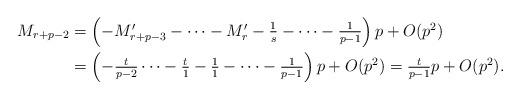
LaTeX: \begin{align*}\textstyle M_{r+p-2} & \textstyle = \left(-M_{r+p-3}' - \cdots - M_r' -\frac{1}{s} - \cdots - \frac{1}{p-1}\right)p + O(p^2)\\ & \textstyle =\left(-\frac{t}{p-2} \cdots - \frac{t}{1} - \frac{1}{1} - \cdots - \frac{1}{p-1}\right)p + O(p^2)\textstyle =\frac{t}{p-1} p + O(p^2).\end{align*}